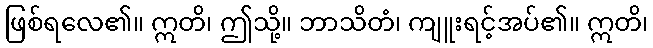
ဖြစ်ရလေ၏။ ဣတိ၊ ဤသို့။ ဘာသိတံ၊ ကျူးရင့်အပ်၏။ ဣတိ၊